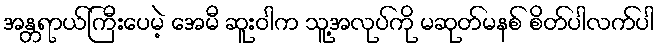
အန္တရာယ်ကြီးပေမဲ့ အေမီ ဆူးဝါက သူ့အလုပ်ကို မဆုတ်မနစ် စိတ်ပါလက်ပါ